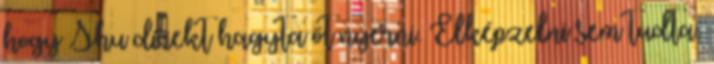
hogy Shu direkt hagyta őt nyerni. Elképzelni sem tudta,